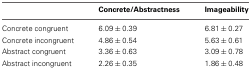
|  | Concrete/Abstractness | Imageability |
 | --- | --- | --- |
 | Concrete congruent | 6.09 ± 0.39 | 6.81 ± 0.27 |
 | Concrete incongruent | 4.86 ± 0.54 | 5.63 ± 0.61 |
 | Abstract congruent | 3.36 ± 0.63 | 3.09 ± 0.78 |
 | Abstract incongruent | 2.26 ± 0.35 | 1.86 ± 0.48 |